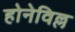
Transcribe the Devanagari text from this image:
होनेविल्ल